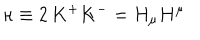
\kappa \equiv 2 \, K ^ { + } K ^ { - } = H _ { \mu } H ^ { \mu }